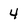
Character: 4